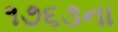
૧૭૬૩ના